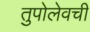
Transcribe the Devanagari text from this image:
तुपोलेवची